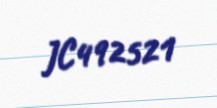
JC492521